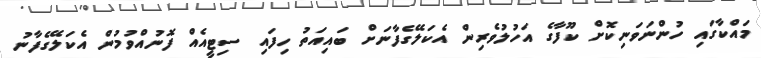
މައްކާގައި ހުންނަވަނިކޮށް ކޫފާގެ އަހުލުވެރިން އެކަލޭގެފާނަށް ބައިއަތު ހިފައި ސިޓީއެއް ފޮނުއްވުމުން އެކަލޭގެފާނު